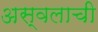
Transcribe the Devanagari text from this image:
अस्वलाची